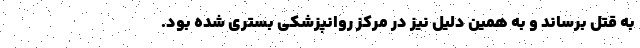
به قتل برساند و به همین دلیل نیز در مرکز روانپزشکی بستری شده بود.